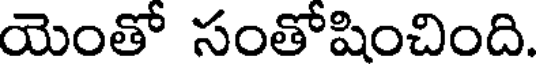
యెంతో సంతోషించింది.